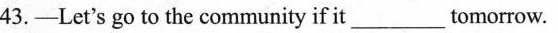
43.-Let's go to the community if it_tomorrow.